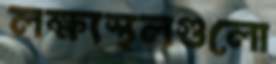
লক্ষ্যস্থলগুলো